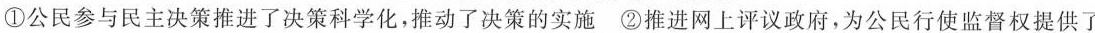
①公民参与民主决策推进了决策科学化，推动了决策的实施②推进网上评议政府，为公民行使监督权提供了